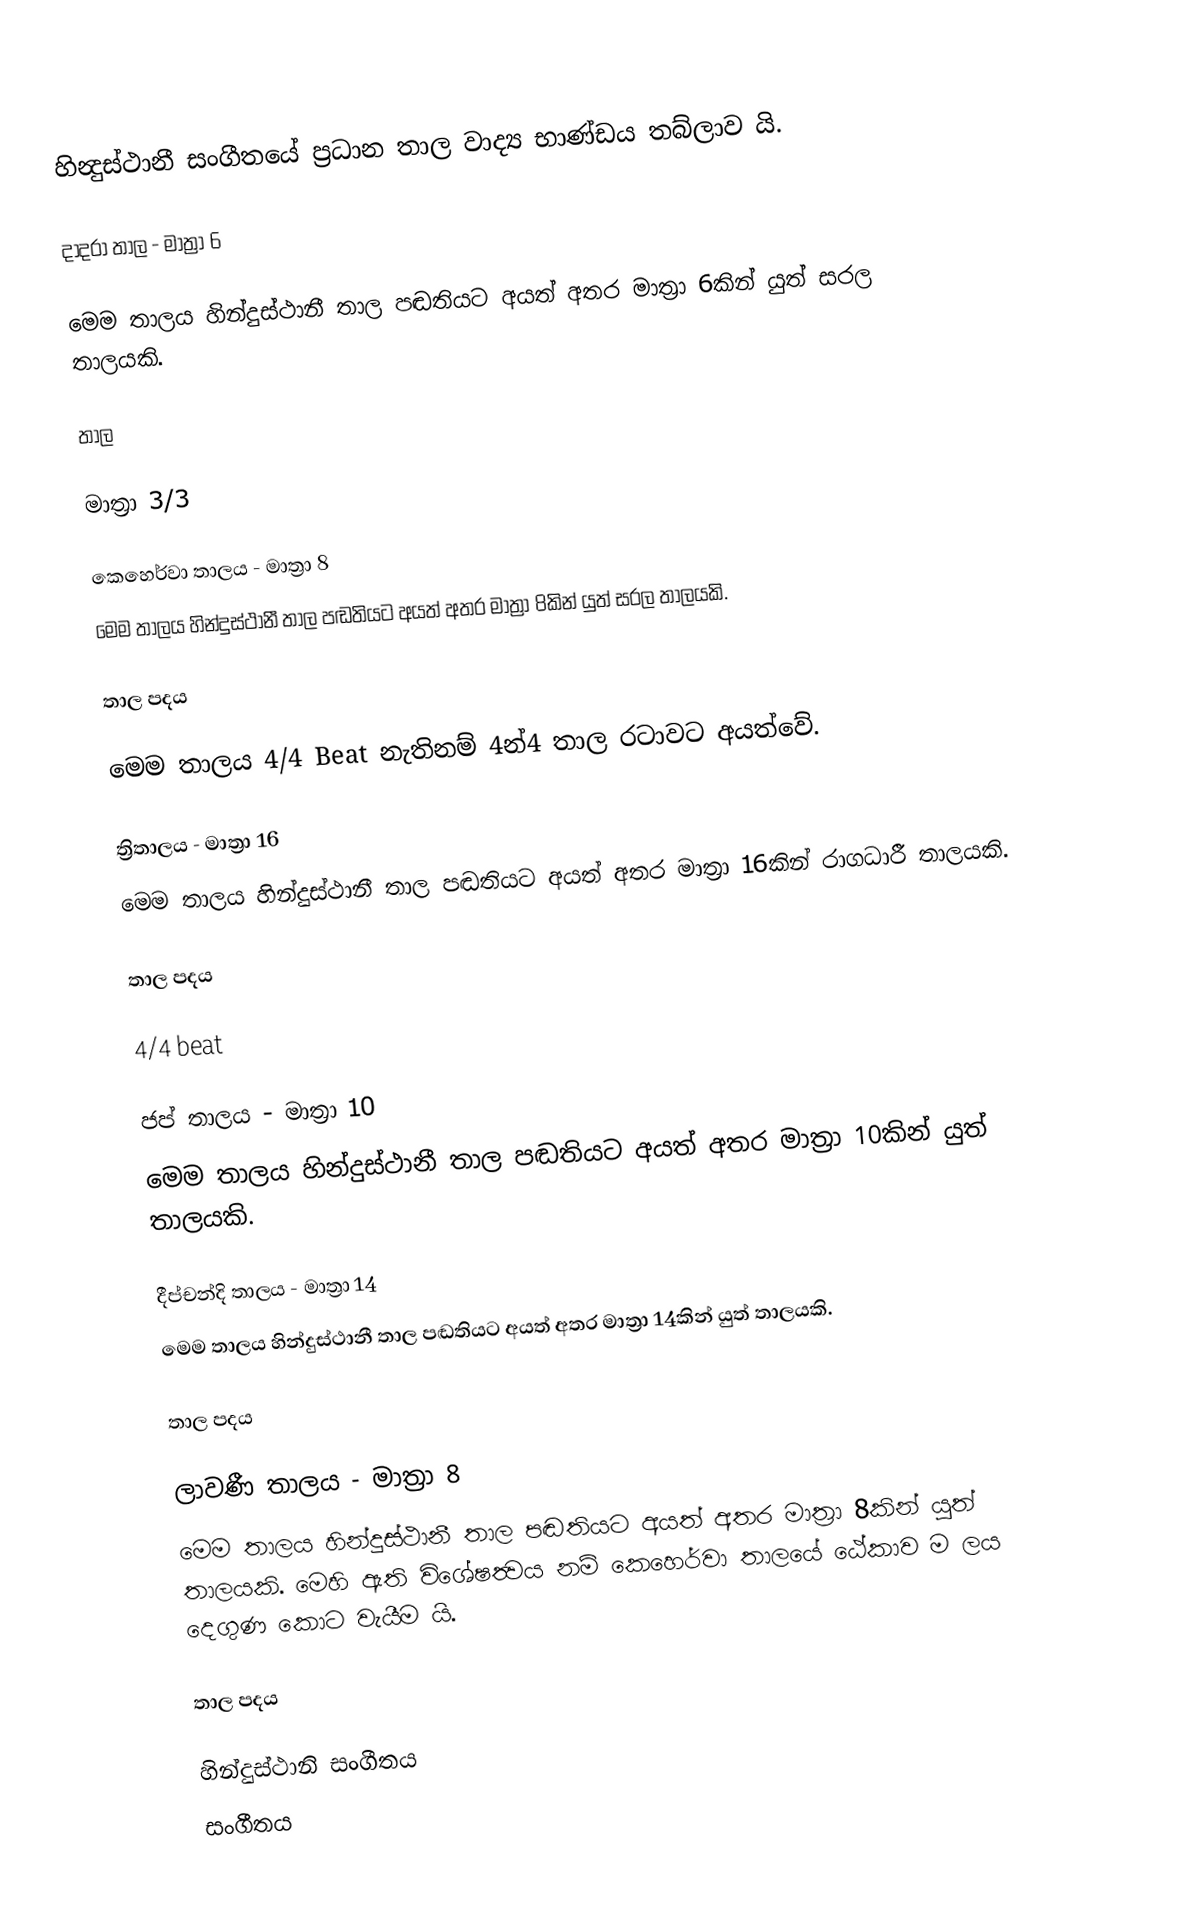
හින්‍දුස්ථානී සංගීතයේ ප්‍රධාන තාල වාද්‍ය භාණ්ඩය තබ්ලාව යි.

දාදරා තාල - මාත්‍රා 6

මෙම තාලය හින්දුස්ථානී තාල පඬතියට අයත් අතර මාත්‍රා 6කින් යුත් සරල තාලයකි.

තාල

මාත්‍රා 3/3

කෙහෙර්වා තාලය - මාත්‍රා 8
මෙම තාලය හින්දුස්ථානී තාල පඬතියට අයත් අතර මාත්‍රා 8කින් යුත් සරල තාලයකි.

තාල පදය

මෙම තාලය 4/4 Beat නැතිනම් 4න්4 තාල රටාවට අයත්වේ.

ත්‍රිතාලය - මාත්‍රා 16
මෙම තාලය හින්දුස්ථානී තාල පඬතියට අයත් අතර මාත්‍රා 16කින් රාගධාරී තාලයකි.

තාල පදය

4/4 beat

ජප් තාලය - මාත්‍රා 10
මෙම තාලය හින්දුස්ථානී තාල පඬතියට අයත් අතර මාත්‍රා 10කින් යුත් තාලයකි.

දීප්චන්දි තාලය - මාත්‍රා 14
මෙම තාලය හින්දුස්ථානී තාල පඬතියට අයත් අතර මාත්‍රා 14කින් යුත් තාලයකි.

තාල පදය

ලාවණී තාලය - මාත්‍රා 8
මෙම තාලය හින්දුස්ථානී තාල පඬතියට අයත් අතර මාත්‍රා 8කින් යුත් තාලයකි. මෙහි ඇති විශේෂත්‍වය නම් කෙහෙර්වා තාලයේ ඨේකාව ම ලය දෙගුණ කොට වැයීම යි.

තාල පදය

හින්දුස්ථානි සංගීතය
සංගීතය